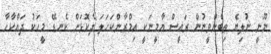
ނޫނީ ނުލިޔެ ތިބެންވީނުން ރައީސް ޔާމީނަކީ އިމްރާންކަހަލަ ދެކޮޅަށް ކެނޑޭ މީހަކު ދައްކާހާ